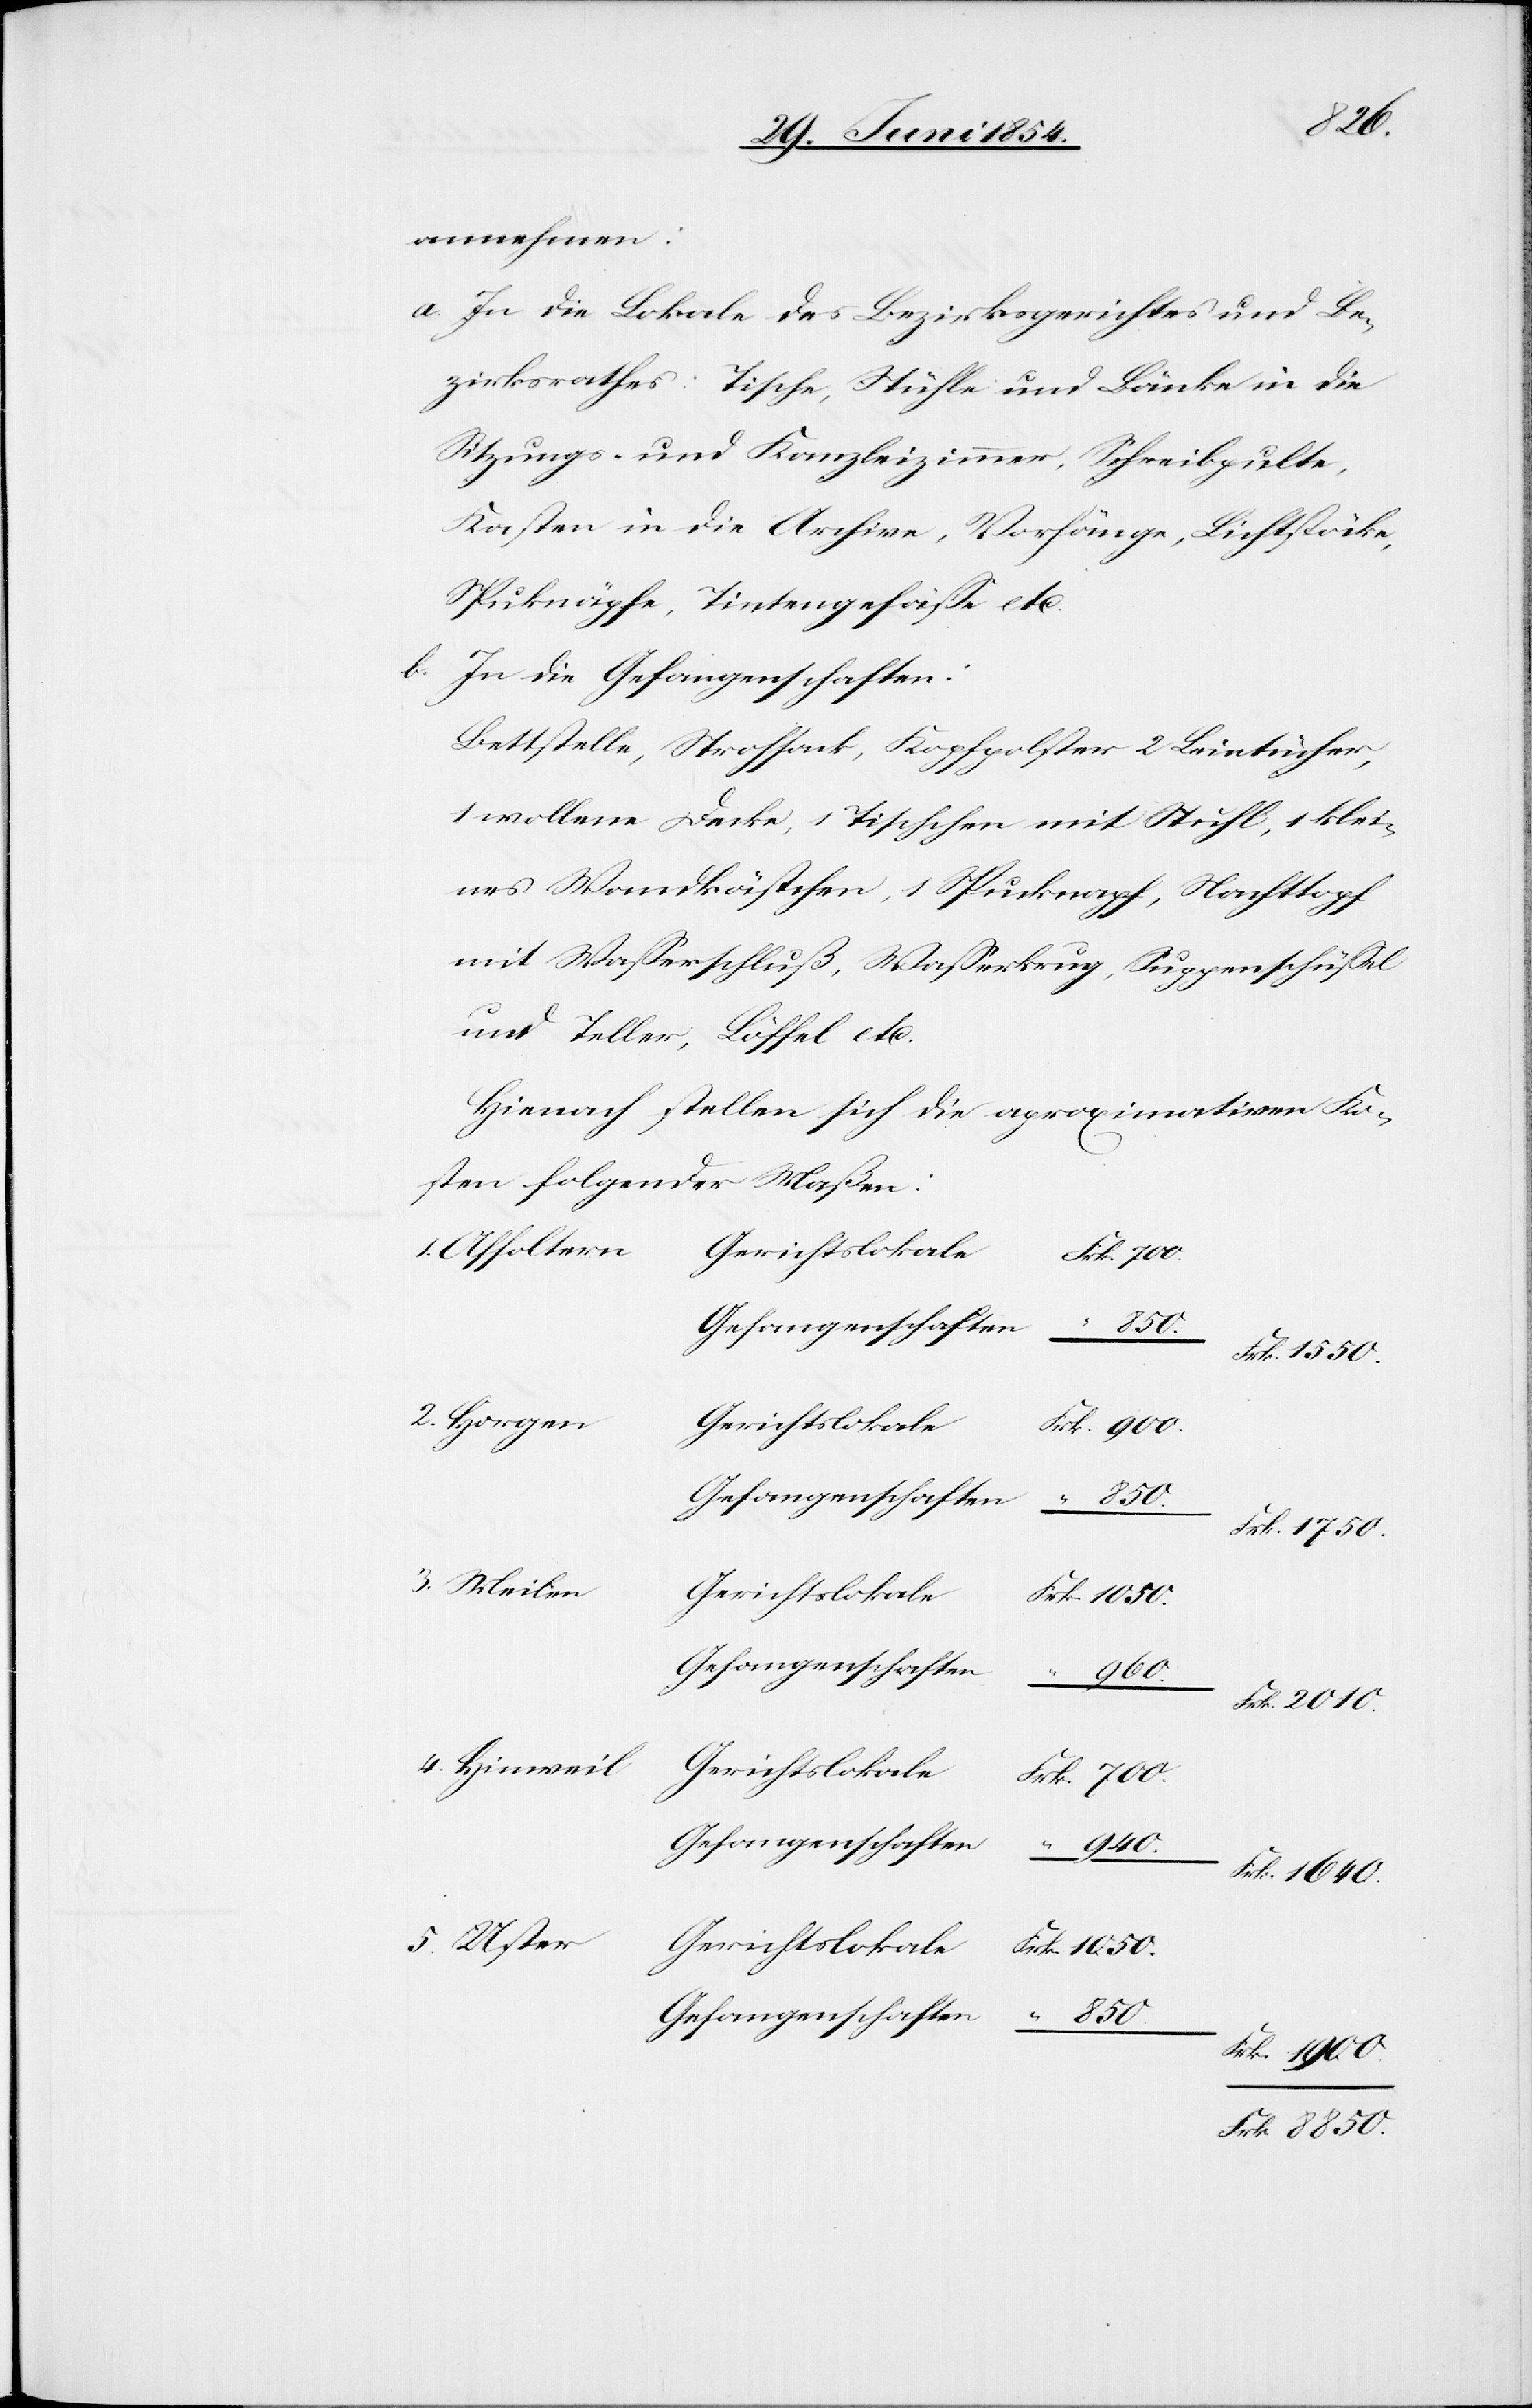
annehmen:
a. In die Lokale des Bezirksgerichtes und Be¬
zirksrathes: Tische, Stühle und Bänke in die
Sitzungs- und Kanzleizimmer, Schreibpulte,
Kasten in die Archive, Vorhänge, Lichtstöcke,
Spuknäpfe, Tintengefäße etc.
b. In die Gefangenschaften:
Bettstelle, Strohsack, Kopfpolster 2 Leintücher,
1 wollene Decke, 1 Tischchen mit Stuhl, 1 klei¬
nes Wandkästchen, 1 Spucknapf, Nachttopf
mit Waßerschluß, Waßerkrug, Suppenschüßel
und Teller, Löffel etc.
Hienach stellen sich die aproximativen Ko¬
sten folgender Maßen:
1. Affoltern
Gerichtslokale
Frk. 1550.
2. Horgen
Gerichtslokale
Frk. 1900.
Gefangenschaften
850.
Frk. 1750.
3. Meilen
Gerichtslokale
940.
Frk. 2010.
4. Hinweil
Frk. 1640.
5. Uster
Gerichtslokale